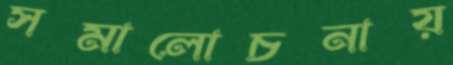
সমালোচনায়